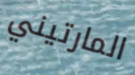
المارتيني